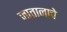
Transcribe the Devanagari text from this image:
जातानाचे